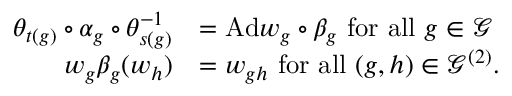
\begin{array} { r l } { \theta _ { t ( g ) } \circ \alpha _ { g } \circ \theta _ { s ( g ) } ^ { - 1 } } & { = \mathrm { A d } w _ { g } \circ \beta _ { g } \mathrm { ~ f o r ~ a l l ~ } g \in \mathcal { G } } \\ { w _ { g } \beta _ { g } ( w _ { h } ) } & { = w _ { g h } \mathrm { ~ f o r ~ a l l ~ } ( g , h ) \in \mathcal { G } ^ { ( 2 ) } . } \end{array}